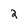
Character: 2